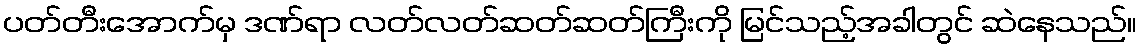
ပတ်တီးအောက်မှ ဒဏ်ရာ လတ်လတ်ဆတ်ဆတ်ကြီးကို မြင်သည့်အခါတွင် ဆဲနေသည်။